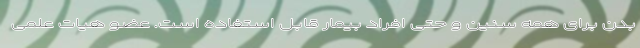
بدن برای همه سنین و حتی افراد بیمار قابل استفاده است. عضو هیات علمی